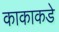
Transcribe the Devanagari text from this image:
काकाकडे